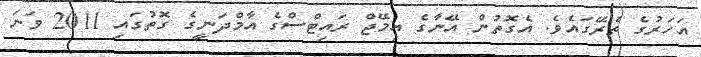
އަހަރުގެ ތެރޭގައެވެ. އެގޮތުން އޭނާގެ އިމޭޖް ރައިޓްސްގެ އާމްދަނީގެ ގޮތުގައި 2011 ވަނަ